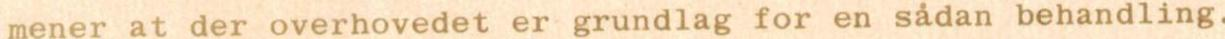
mener at der overhovedet er grundlag for en sådan behandling